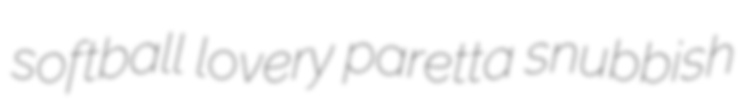
softball lovery paretta snubbish